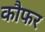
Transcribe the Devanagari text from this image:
कौफर